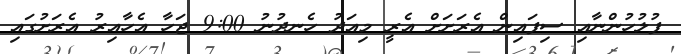
ފުލުހުންނާއި ސިފައިން އެރަށަށް އެރީ މިއަދު ހެނދުނު 9:00 ޖަހާ އެހާއިރު އެރަށުގައި